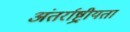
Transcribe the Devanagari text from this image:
अंतर्राष्ट्रीयता